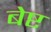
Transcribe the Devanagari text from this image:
बेष्ट